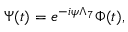
\Psi ( t ) = e ^ { - i \psi \Lambda _ { 7 } } \Phi ( t ) ,